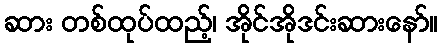
ဆား တစ်ထုပ်ထည့်၊ အိုင်အိုဒင်းဆားနော်။